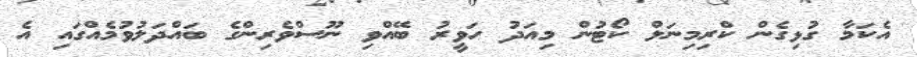
އެކަމާ ގުޅިގެން ކްރިމިނަލް ކޯޓުން މިއަދު ހަވީރު ބޭއްވި ނޫސްވެރިންގެ ބައްދަލުވުމެއްގައި އެ